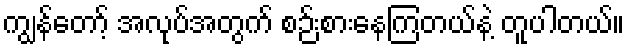
ကျွန်တော့် အလုပ်အတွက် စဉ်းစားနေကြတယ်နဲ့ တူပါတယ်။